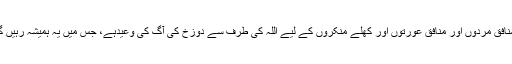
اِن منافق مردوں اور منافق عورتوں اور کھلے منکروں کے لیے اللہ کی طرف سے دوزخ کی آگ کی وعیدہے، جس میں یہ ہمیشہ رہیں گے۔